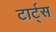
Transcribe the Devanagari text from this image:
टार्ट्‌स